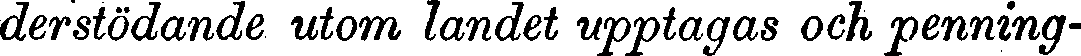
derstödande utom landet upptagas och penning-